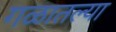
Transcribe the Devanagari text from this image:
गळातल्या